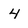
Character: 4